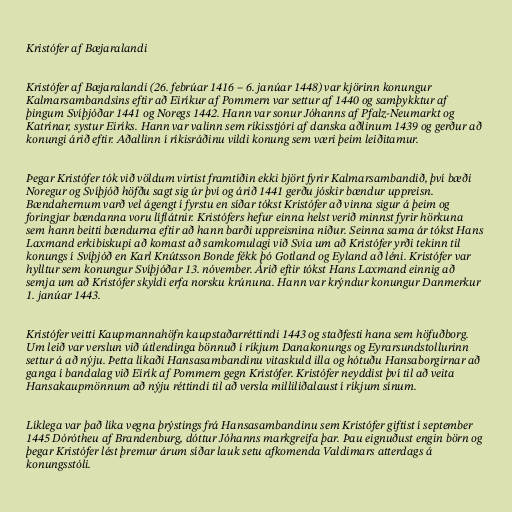
Kristófer af Bæjaralandi

Kristófer af Bæjaralandi (26. febrúar 1416 – 6. janúar 1448) var kjörinn konungur
Kalmarsambandsins eftir að Eiríkur af Pommern var settur af 1440 og samþykktur af
þingum Svíþjóðar 1441 og Noregs 1442. Hann var sonur Jóhanns af Pfalz-Neumarkt og
Katrínar, systur Eiríks. Hann var valinn sem ríkisstjóri af danska aðlinum 1439 og gerður að
konungi árið eftir. Aðallinn í ríkisráðinu vildi konung sem væri þeim leiðitamur.

Þegar Kristófer tók við völdum virtist framtíðin ekki björt fyrir Kalmarsambandið, því bæði
Noregur og Svíþjóð höfðu sagt sig úr því og árið 1441 gerðu jóskir bændur uppreisn.
Bændahernum varð vel ágengt í fyrstu en síðar tókst Kristófer að vinna sigur á þeim og
foringjar bændanna voru líflátnir. Kristófers hefur einna helst verið minnst fyrir hörkuna
sem hann beitti bændurna eftir að hann barði uppreisnina niður. Seinna sama ár tókst Hans
Laxmand erkibiskupi að komast að samkomulagi við Svía um að Kristófer yrði tekinn til
konungs í Svíþjóð en Karl Knútsson Bonde fékk þó Gotland og Eyland að léni. Kristófer var
hylltur sem konungur Svíþjóðar 13. nóvember. Árið eftir tókst Hans Laxmand einnig að
semja um að Kristófer skyldi erfa norsku krúnuna. Hann var krýndur konungur Danmerkur
1. janúar 1443.

Kristófer veitti Kaupmannahöfn kaupstaðarréttindi 1443 og staðfesti hana sem höfuðborg.
Um leið var verslun við útlendinga bönnuð í ríkjum Danakonungs og Eyrarsundstollurinn
settur á að nýju. Þetta líkaði Hansasambandinu vitaskuld illa og hótuðu Hansaborgirnar að
ganga í bandalag við Eirík af Pommern gegn Kristófer. Kristófer neyddist því til að veita
Hansakaupmönnum að nýju réttindi til að versla milliliðalaust í ríkjum sínum.

Líklega var það líka vegna þrýstings frá Hansasambandinu sem Kristófer giftist í september
1445 Dórótheu af Brandenburg, dóttur Jóhanns markgreifa þar. Þau eignuðust engin börn og
þegar Kristófer lést þremur árum síðar lauk setu afkomenda Valdimars atterdags á
konungsstóli.